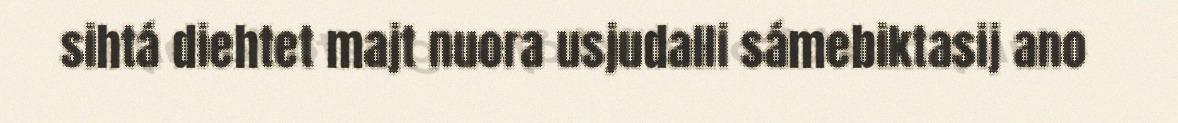
sihtá diehtet majt nuora usjudalli sámebiktasij ano